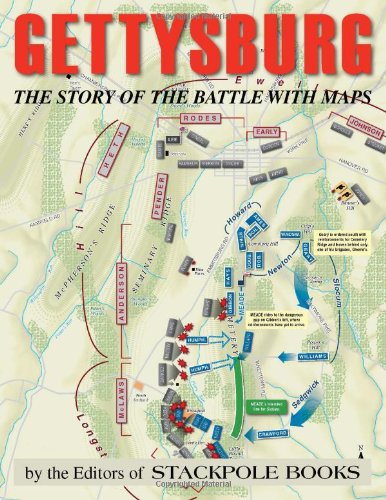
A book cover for Gettysburg: The Story of the Battle with Maps; History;